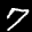
Label: 7